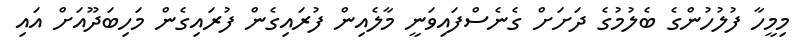
މިމީހާ ފުލުހުންގެ ބެލުމުގެ ދަށަށް ގެނެސްފައިވަނީ މާލެއިން ފުރައިގެން ފުރައިގެން މަހިބަދޫއަށް އައި